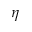
\eta